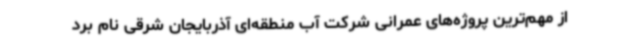
از مهم‌ترین پروژه‌های عمرانی شرکت آب منطقه‌ای آذربایجان شرقی نام برد